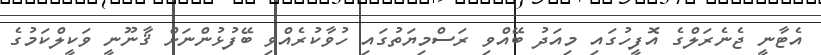
އެޓާނީ ޖެނެރަލްގެ އޮފީހުގައި މިއަދު ބޭއްވި ރަސްމިޔަތުގައި ހުވާކުރެއްވި ބޭފުޅުންނަށް ޤާނޫނީ ވަކީލްކަމުގެ